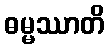
ဓမ္မဿာတိ